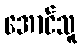
အောင်သူ